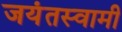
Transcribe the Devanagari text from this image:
जयंतस्वामी